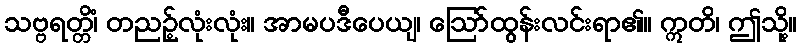
သဗ္ဗရတ္တိံ၊ တညဉ့်လုံးလုံး။ အာမပဒီပေယျ၊ ဩော်ထွန်းလင်းရာ၏။ ဣတိ၊ ဤသို့။